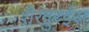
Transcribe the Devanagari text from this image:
शैखुरईस